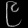
Digit: ၉